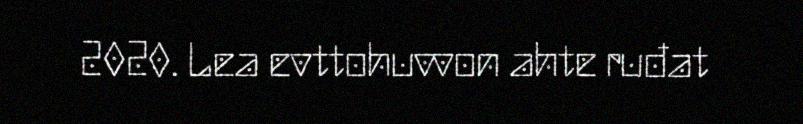
2020. Lea evttohuvvon ahte ruđat